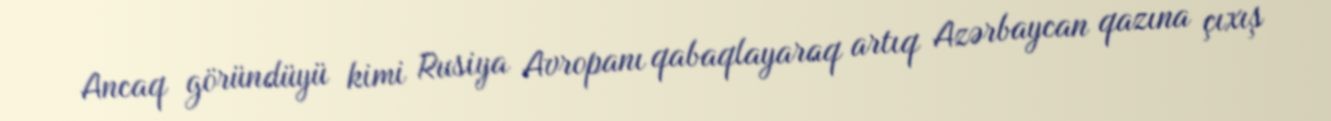
Ancaq göründüyü kimi Rusiya Avropanı qabaqlayaraq artıq Azərbaycan qazına çıxış